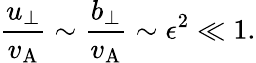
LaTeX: \frac{u_{\perp}}{v_{\mathrm{A}}}\sim\frac{b_{\perp}}{v_{\mathrm{A}}}\sim\epsilon^{2}\ll 1.